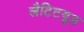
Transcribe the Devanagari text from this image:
लैटिटयूड